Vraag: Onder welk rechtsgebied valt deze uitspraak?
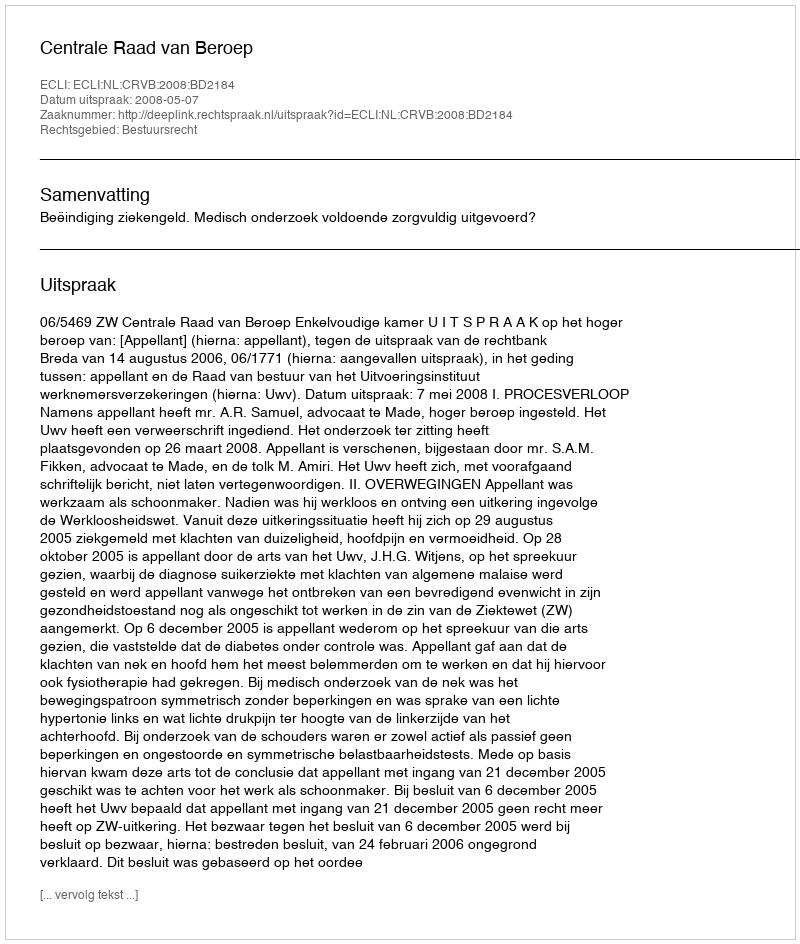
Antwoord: Bestuursrecht